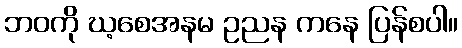
ဘဝကို ဃ့စေအနမ ဥညန ကနေ ပြန်စပါ။